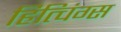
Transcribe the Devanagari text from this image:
हित्चिंग्स